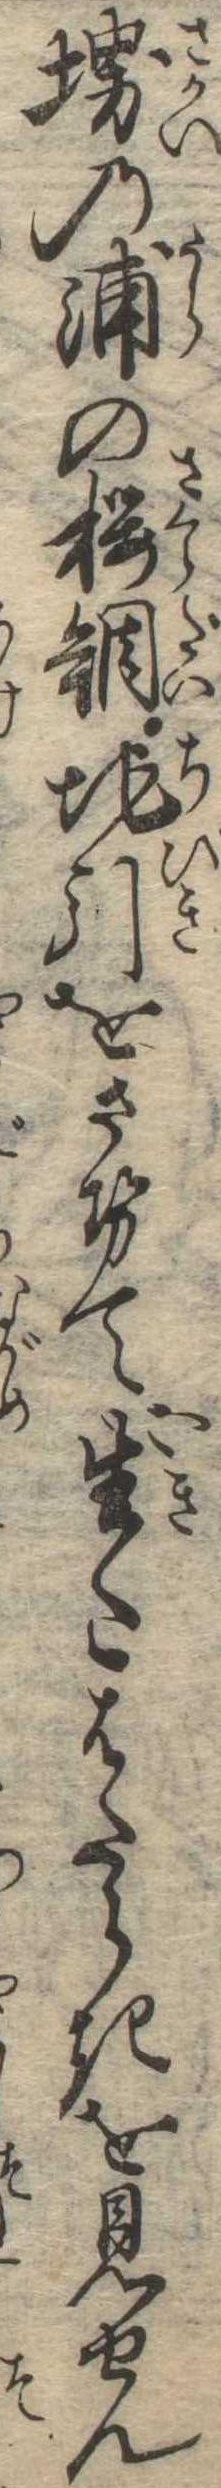
堺の浦の桜鯛地引をさせて生たはたらきを見せん